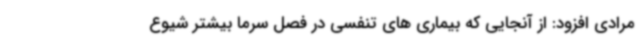
مرادی افزود: از آنجایی که بیماری های تنفسی در فصل سرما بیشتر شیوع